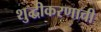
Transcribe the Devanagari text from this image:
शुद्धीकरणाची